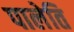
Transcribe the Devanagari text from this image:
पालेति